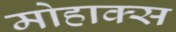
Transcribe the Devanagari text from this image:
मोहाक्स